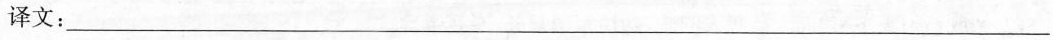
译文：___